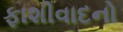
ફાશીવાદનો